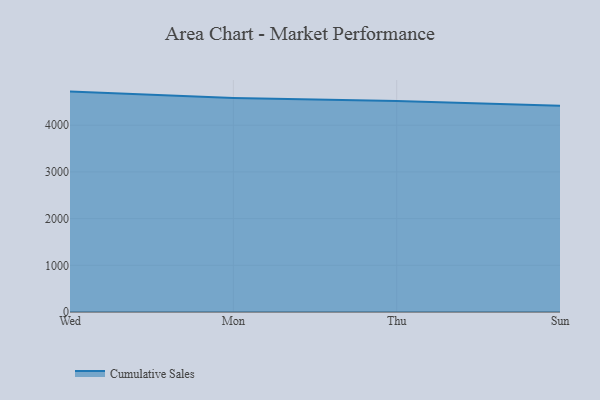
{"axis": {"x": "Day", "y": "Demand Index"}, "legend": ["Cumulative Sales"], "data": [{"x": "Wed", "y": 4719.0, "type": "Cumulative Sales"}, {"x": "Mon", "y": 4583.6, "type": "Cumulative Sales"}, {"x": "Thu", "y": 4518.6, "type": "Cumulative Sales"}, {"x": "Sun", "y": 4415.1, "type": "Cumulative Sales"}]}